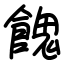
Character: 餽